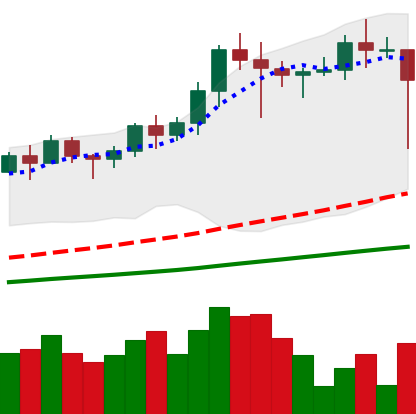
Ticker: LINK-USD
Chart end date: 2021-02-22
Forward return: -16.795%
Label: down_7plus